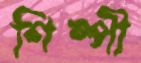
শিল্পী